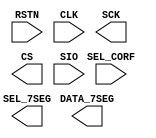
// This program was cloned from: https://github.com/silicon-vlsi/VLSI-2025
// License: MIT License

// Copyright (c) 2024 Silicon University, Bhubaneswar, India
// This is the RTL for the celcius project which reads the
// temperature from a LM70 temperature sensor using the 
// SPI protocol.

//DEFINES
//`define CLK_DIV	9'd511
//
// DO NOT CHANGE THIS MODULE PORTS
module celcius (
	input wire RSTN,	// Reset pin
	input wire CLK,		// FPGA CLOCK at 100MHz
	input wire SEL_CORF,	// 0-> CELCIUS, 1-> FAHRENHEIT
	//
	output reg SCK,		//SPI Clock
        output reg CS,		//SPI Chip slect
	input  wire SIO,	//SPI Data input from LM70
	//
	output reg [7:0] DATA_7SEG,	//DATA for 7-segment display
	output reg [1:0] SEL_7SEG	// Select LSB/MSB 7-seg display
	
);


endmodule